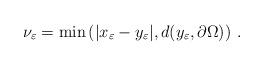
LaTeX: \begin{align*}\nu_\varepsilon =\min\left(|x_\varepsilon-y_\varepsilon|,d(y_\varepsilon,\partial\Omega)\right)\,.\end{align*}